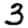
Digit: 3